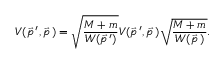
V ( \vec { p } \, ^ { \prime } , \vec { p } \, ) = \sqrt { \frac { M + m } { W ( \vec { p } \, ^ { \prime } ) } } { \cal V } ( \vec { p } \, ^ { \prime } , \vec { p } \, ) \sqrt { \frac { M + m } { W ( \vec { p } \, ) } } .